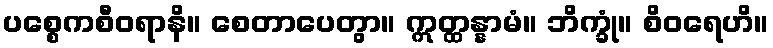
ပစ္စေကစီဝရာနိ။ စေတာပေတွာ။ ဣတ္ထန္နာမံ။ ဘိက္ခုံ။ စိဝရေဟိ။